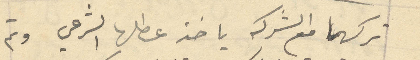
تركهما مع الشركه يأخذ عطلها الشرعي وتم